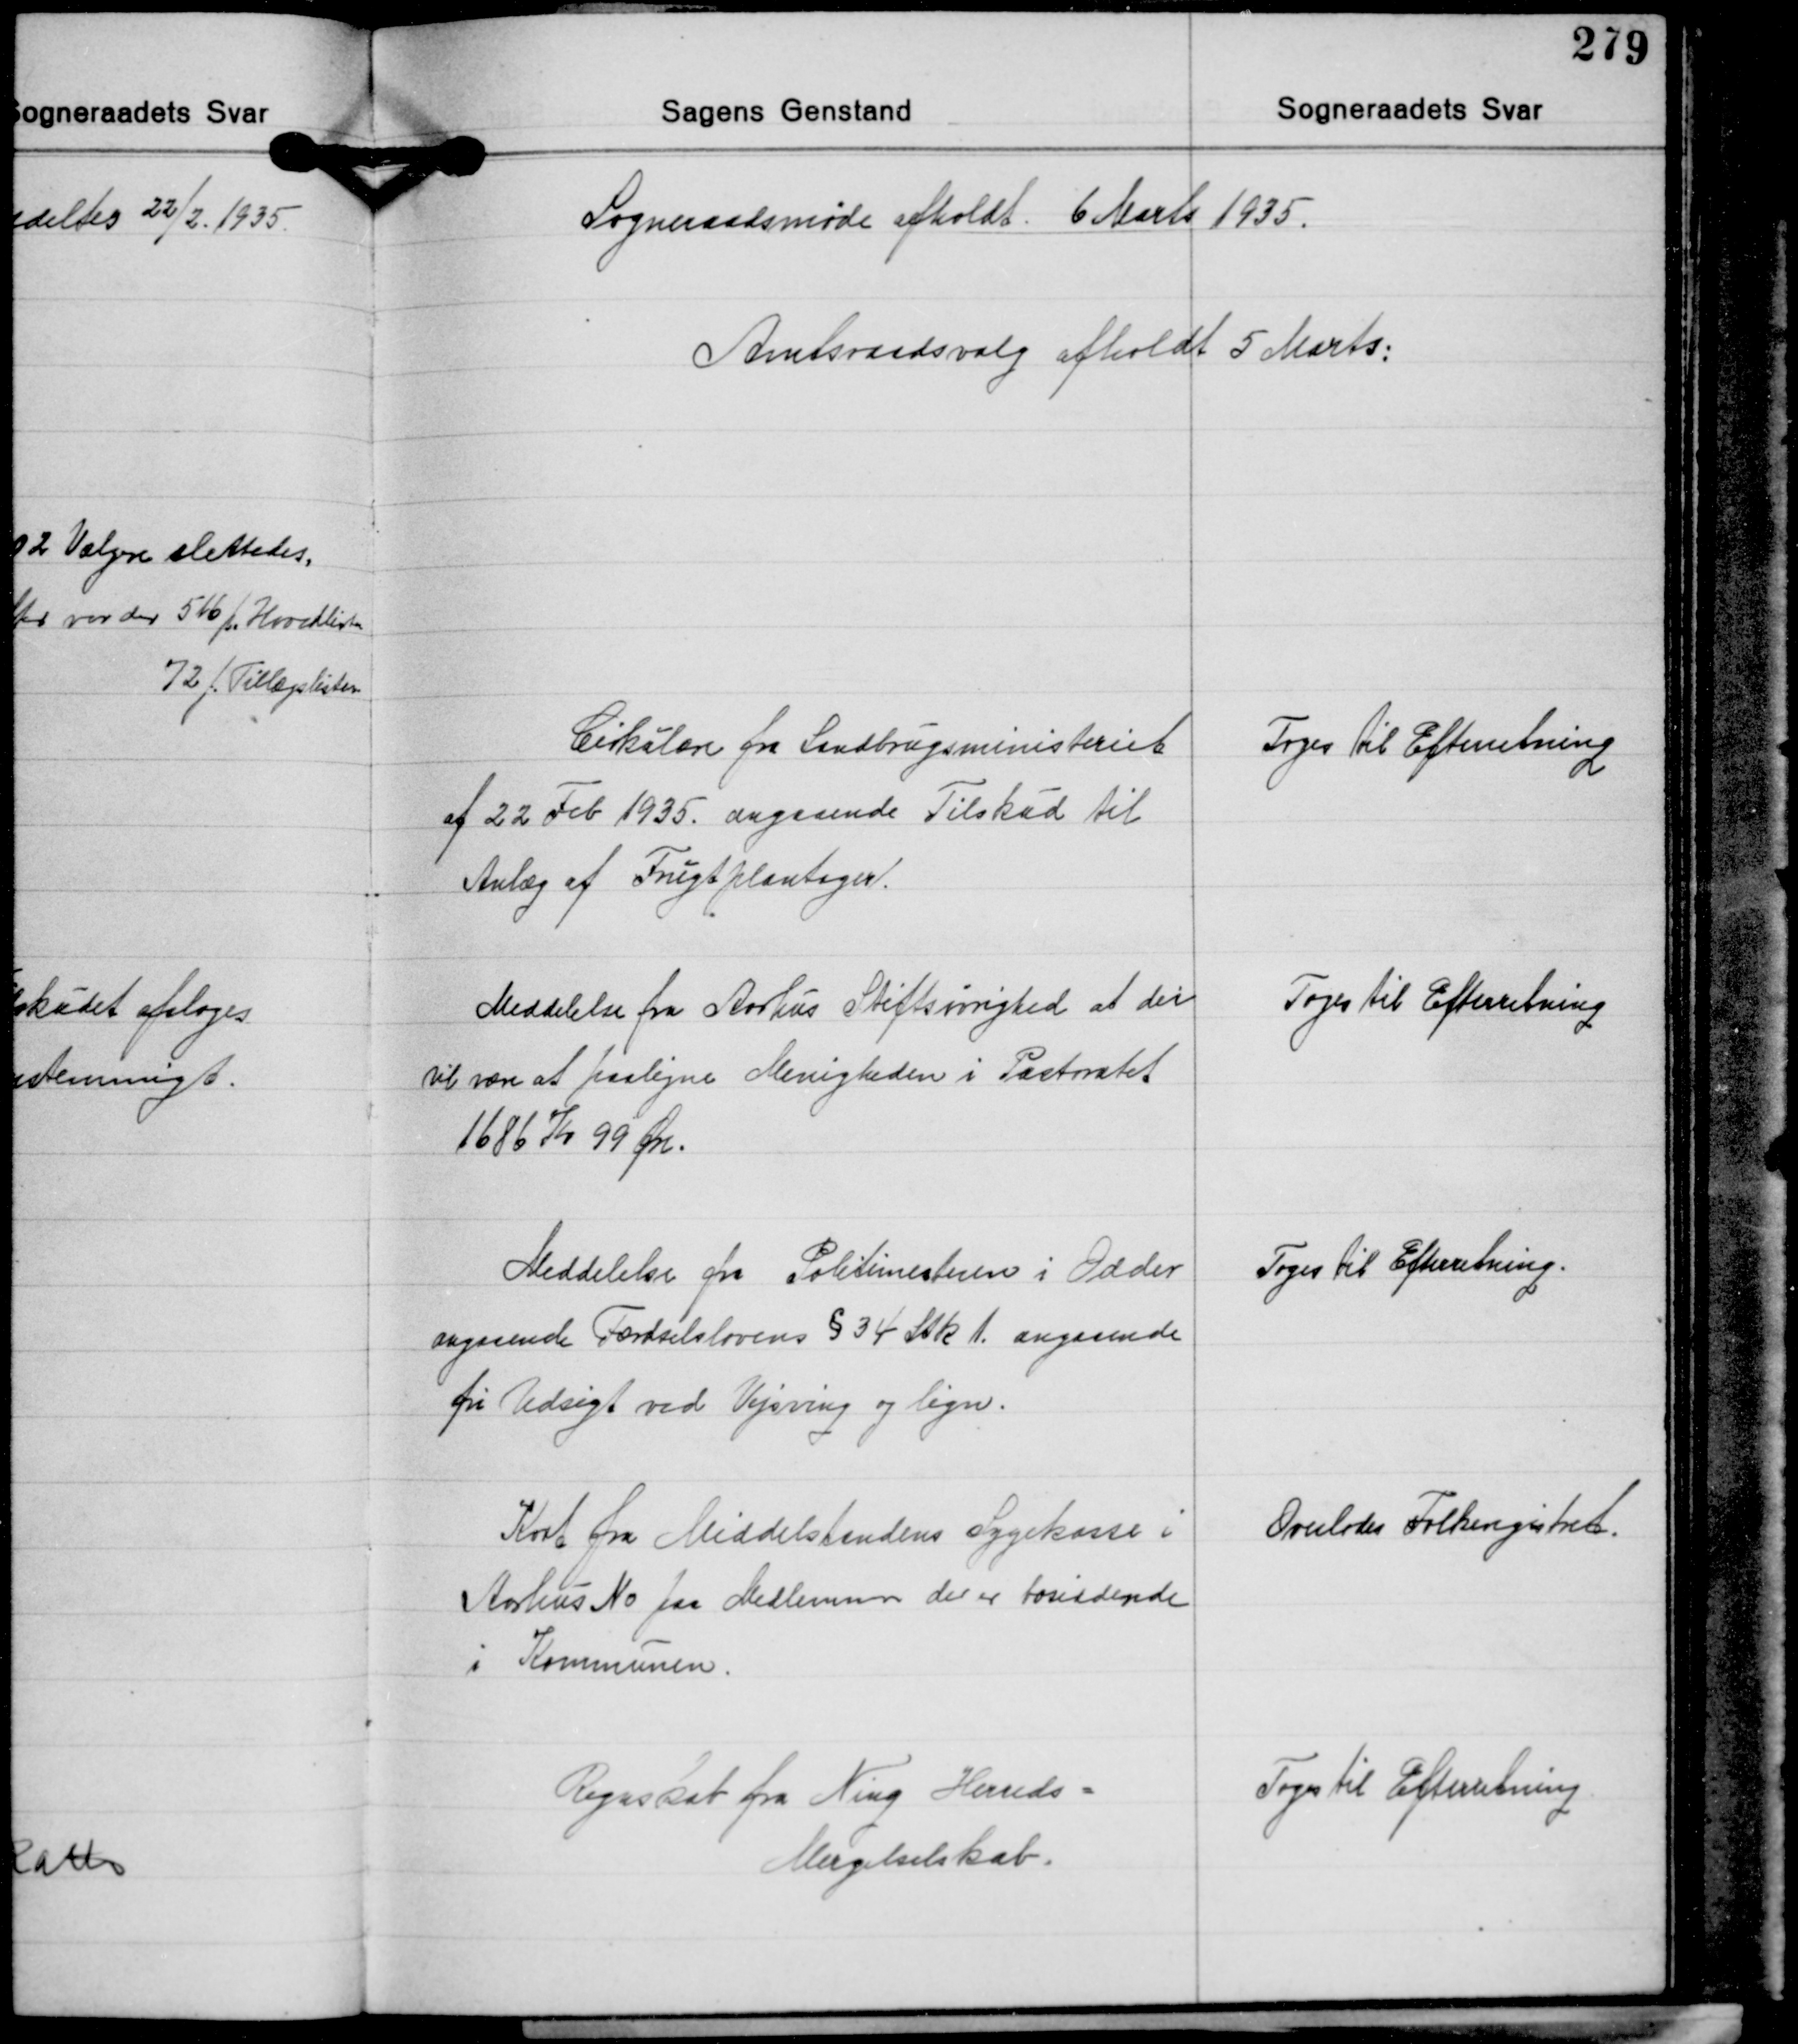
Transskription:
Sogneraadsmøde afholdt 6 Marts 1935.

Amtsraadsvalg afholdt 5 Marts:

Cirkulære fra Landbrugsministeriet
af 22 Feb. 1935 angaaende Tilskud til
Anlæg af Frugtplantager.

Toges Til Efterretning

Meddelelse fra Aarhus Stiftsøvighed at der
vil være at paaligne Menigheden i Pastoratet
1686 Kr. 99 Øre.

Toges til Efterretning

Meddelelse fra Politimesteren i Odder
angaaende Færdselslovens § 34 Stk. 1. angaaende
fri Udsigt ved Vejsving og lign.

Toges Til Efterretning.

Kort fra Middelstandens Sygekasse i
Aarhus No paa Medlemmer der er bosiddende
i Kommunen.

Overlodes Folkeregistret.

Regnskab fra Ning Herreds-
Mergelselskab.

Toges til Efterretning